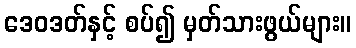
ဒေဝဒတ်နှင့် စပ်၍ မှတ်သားဖွယ်များ။